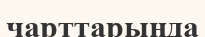
чарттарында